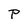
Character: P